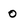
Character: 0